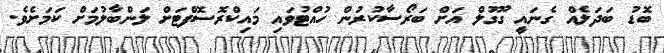
ބޮޑު ބަދަލެއް ގެނައީ ގޫގުލް އަށް ބަރޯސާކުރުން ހުއްޓުވައި މައިކްރޮސޮފްޓަށް ލަންބާލުމަށް ކަމަށެވެ.